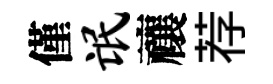
僅氓禳荐